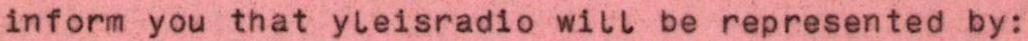
inform you that yleisradio will be represented by: